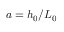
a = h _ { 0 } / L _ { 0 }